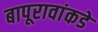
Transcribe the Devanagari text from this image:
बापूरावांकडे